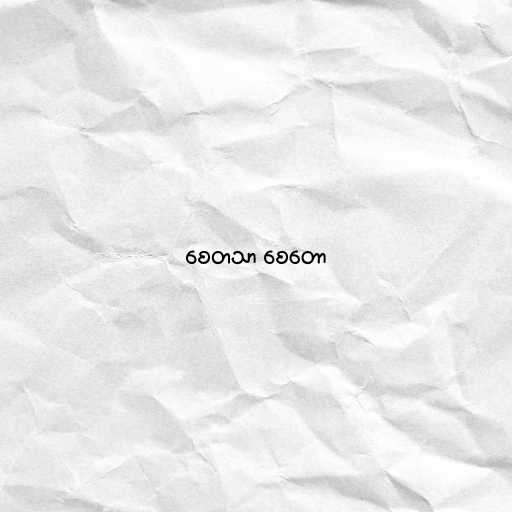
စေတသာ စေတော